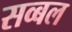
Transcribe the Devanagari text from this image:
सव्बल